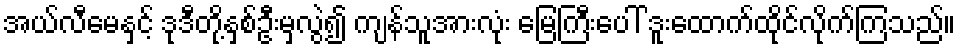
အယ်လီမေနှင့် ဒုဒီတို့နှစ်ဦးမှလွဲ၍ ကျန်သူအားလုံး မြေကြီးပေါ် ဒူးထောက်ထိုင်လိုက်ကြသည်။